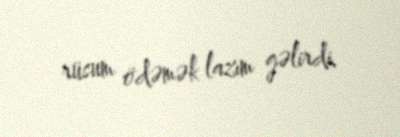
rüsum ödəmək lazım gəlirdi.